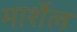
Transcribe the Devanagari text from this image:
मार्शेल